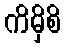
ကိမှိစိ